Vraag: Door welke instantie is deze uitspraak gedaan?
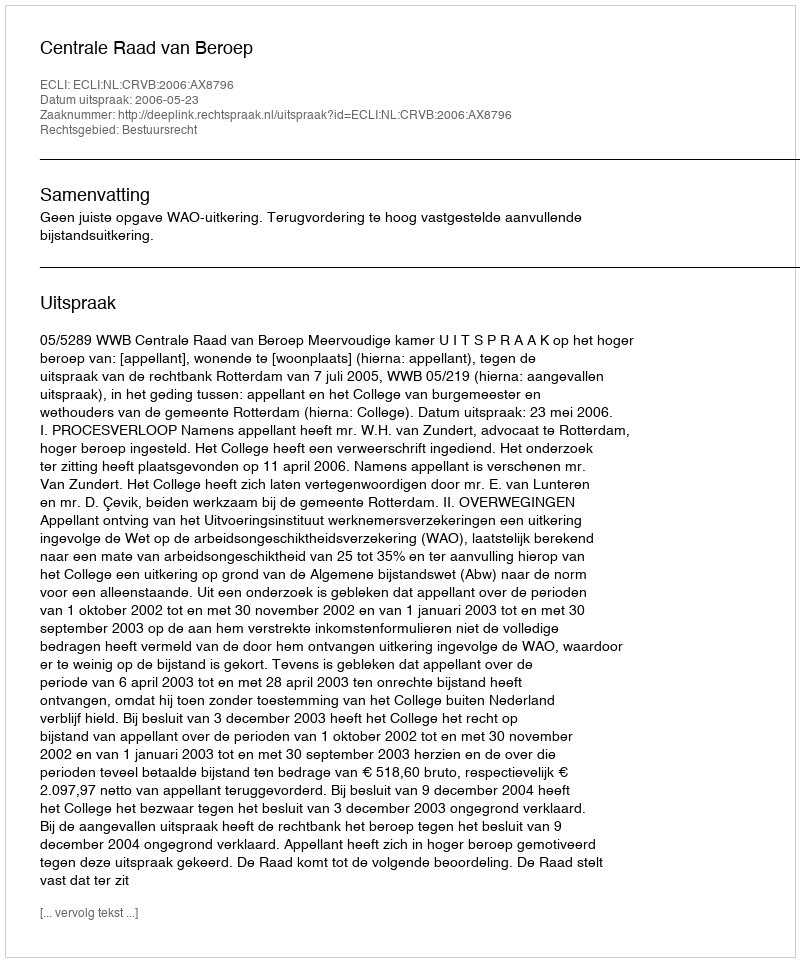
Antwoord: Centrale Raad van Beroep